Vaccination in Bombay 1869-1873 - 1869-1873
Year: 1869
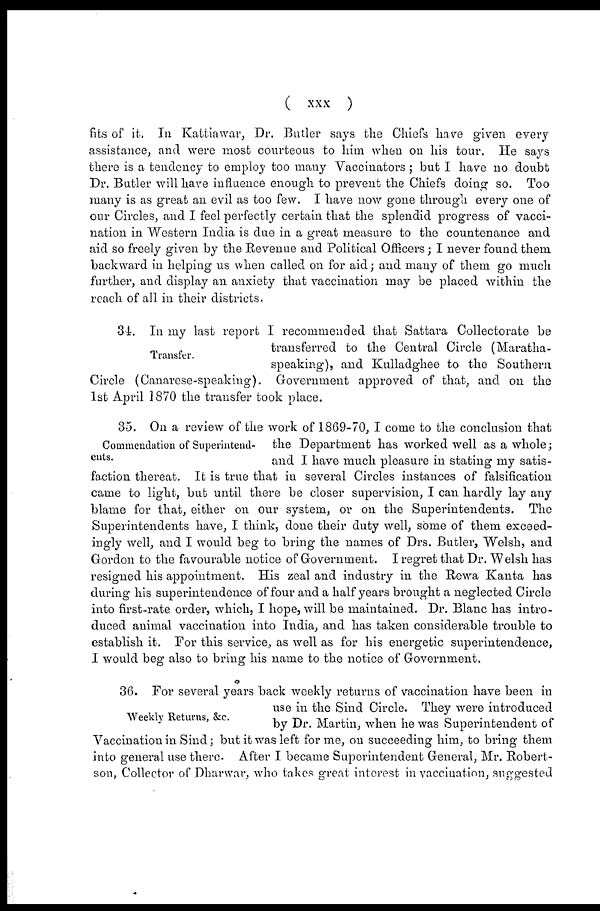
(
xxx
)
fits of it. In Kattiawar, Dr. Butler says the Chiefs have given every
assistance, and were most courteous to him when on his tour. He says
there is a tendency to employ too many Vaccinators ; but I have no doubt
Dr. Butler will have influence enough to prevent the Chiefs doing so. Too
many is as great an evil as too few. I have now gone through every one of
our Circles, and I feel perfectly certain that the splendid progress of vacci-
nation in Western India is due in a great measure to the countenance and
aid so freely given by the Revenue and Political Officers; I never found them
backward in helping us when called on for aid; and many of them go much
further, and display an anxiety that vaccination may be placed within the
reach of all in their districts.
Transfer.
34. In my last report I recommended that Sattara Collectorate be
transferred to the Central Circle (Maratha-
speaking), and Kulladghee to the Southern
Circle (Canarese-speaking). Government approved of that, and on the
1st April 1870 the transfer took place.
Commendation of Superintend-
ents.
35. On a review of the work of 1869-70, I come to the conclusion that
the Department has worked well as a whole;
and I have much pleasure in stating my satis-
faction thereat. It is true that in several Circles instances of falsification
came to light, but until there be closer supervision, I can hardly lay any
blame for that, either on our system, or on the Superintendents. The
Superintendents have, I think, done their duty well, some of them exceed-
ingly well, and I would beg to bring the names of Drs. Butler, Welsh, and
Gordon to the favourable notice of Government. I regret that Dr. Welsh has
resigned his appointment. His zeal and industry in the Rewa Kanta has
during his superintendence of four and a half years brought a neglected Circle
into first-rate order, which, I hope, will be maintained. Dr. Blanc has intro-
duced animal vaccination into India, and has taken considerable trouble to
establish it. For this service as well as for his energetic superintendence,
I would beg also to bring his name to the notice of Government.
Weekly Returns, &c.
36. For several years back weekly returns of vaccination have been in
use in the Sind Circle. They were introduced
by Dr. Martin, when he was Superintendent of
Vaccination in Sind; but it was left for me, on succeeding him, to bring them
into general use there. After I became Superintendent General, Mr. Robert-
son, Collector of Dhanwar, who takes great interest in vaccination, suggested